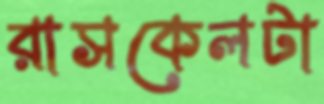
রাসকেলটা